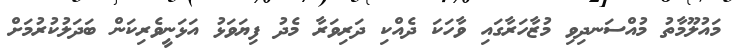
މައުލޫމާތު މުއްސަނދިވި މުޒާހަރާގައި ވާހަކަ ދެއްކި ދަރިވަރާ މެދު ފިޔަވަޅު އަޅަނީވެރިކަން ބަދަލުކުރުމަށް